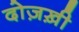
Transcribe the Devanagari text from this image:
दोज़ख़ी